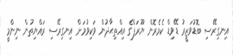
އިނގިރޭސި ބޮޑުވަޒީރު ޑޭވިޑް ކެމެރޮން ޔޫރަޕްގެ އިއްތިޙާދުން ވަކިވުމަށް އިނގިރޭސި ރައްޔިތުން ނިންމީ